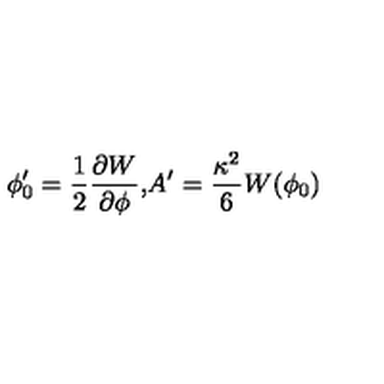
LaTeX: \phi _ { 0 } ^ { \prime } = \frac { 1 } { 2 } \frac { \partial W } { \partial \phi } \mathrm { , } A ^ { \prime } = \frac { \kappa ^ { 2 } } { 6 } W ( \phi _ { 0 } )